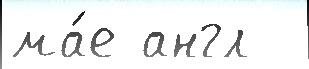
ма́е англ